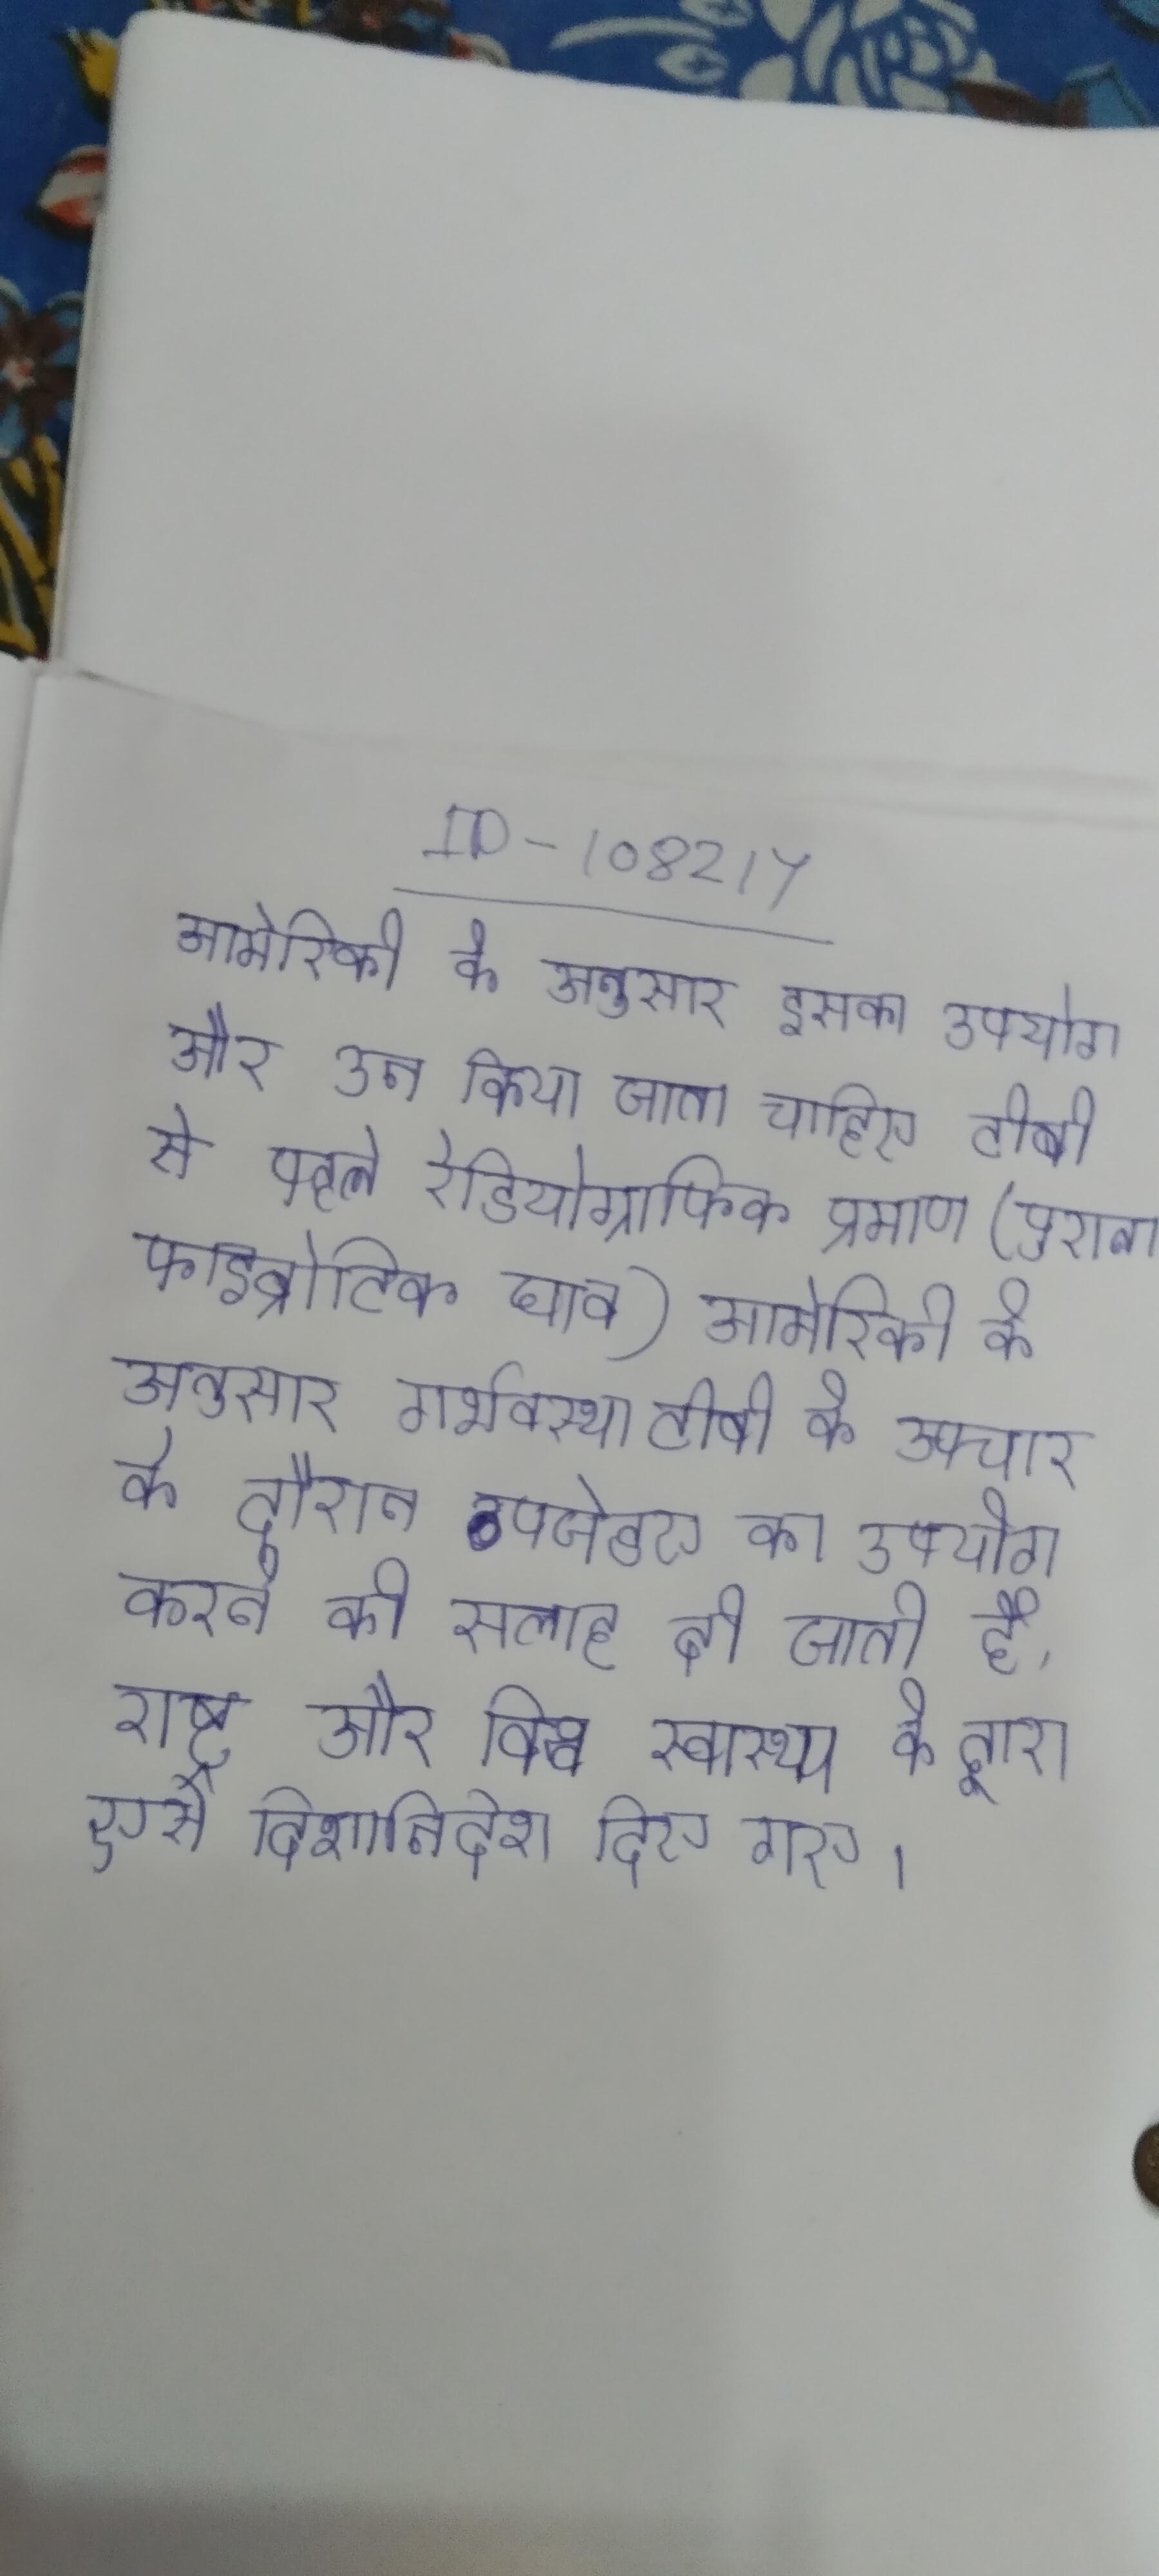
अमेरिकी के अनुसार इसका उपयोग और उन किया जाना चाहिए टीबी से पहले रेडियोग्रफिक प्रमाण (पुराना फाइब्रोटिक घाव) . अमेरिकी के अनुसार गर्भावस्था टीबी के उपचार के दौरान पीजेडए का उपयोग करने की सलाह दी जाती है; राष्ट्र और विश्व स्वास्थ्य के द्वारा ऐसे दिशानिर्देश दिए गए ।